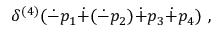
\delta ^ { ( 4 ) } ( \dot { - } p _ { 1 } \dot { + } ( \dot { - } p _ { 2 } ) \dot { + } p _ { 3 } \dot { + } p _ { 4 } ) ~ ,